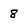
Character: 8